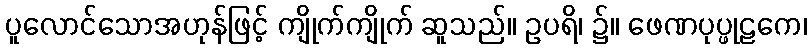
ပူလောင်သောအဟုန်ဖြင့် ကျိုက်ကျိုက် ဆူသည်။ ဥပရိ၊ ၌။ ဖေဏပုပ္ဖုဠကေ၊